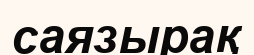
саязырақ